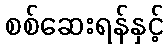
စစ်ဆေးရန်နှင့်